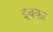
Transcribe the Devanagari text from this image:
इक्‍का